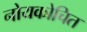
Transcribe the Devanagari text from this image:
नोयकोचित